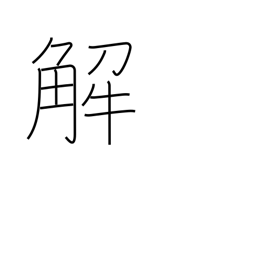
Meaning: notes